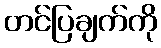
တင်ပြချက်ကို